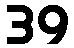
39